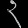
Digit: ၃